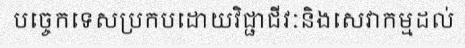
បច្ចេកទេសប្រកបដោយវិជ្ជាជីវៈនិងសេវាកម្មដល់